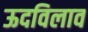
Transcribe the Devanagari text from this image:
ऊदविलाव